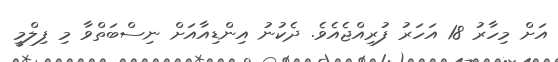
އަށް މިހާރު 18 އަހަރު ފުރިއްޖެއެވެ. ދެކުނު އިންޑިއާއަށް ނިސްބަތްވާ މި ފިލްމީ